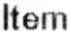
ITEM